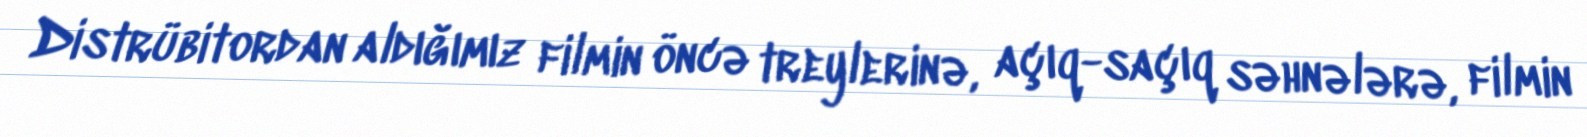
Distrübitordan aldığımız filmin öncə treylerinə, açıq-saçıq səhnələrə, filmin